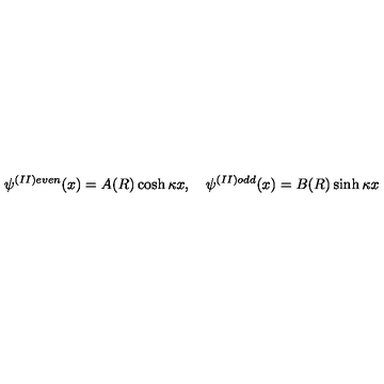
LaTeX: \psi ^ { ( I I ) e v e n } ( x ) = A ( R ) \cosh \kappa x , \quad \psi ^ { ( I I ) o d d } ( x ) = B ( R ) \sinh \kappa x